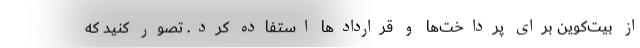
از بیت‌کوین برای پرداخت‌‌ها و قراردادها استفاده کرد. تصور کنید که